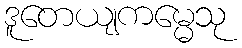
ဒူတေယျကမ္မေသု